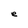
Character: e